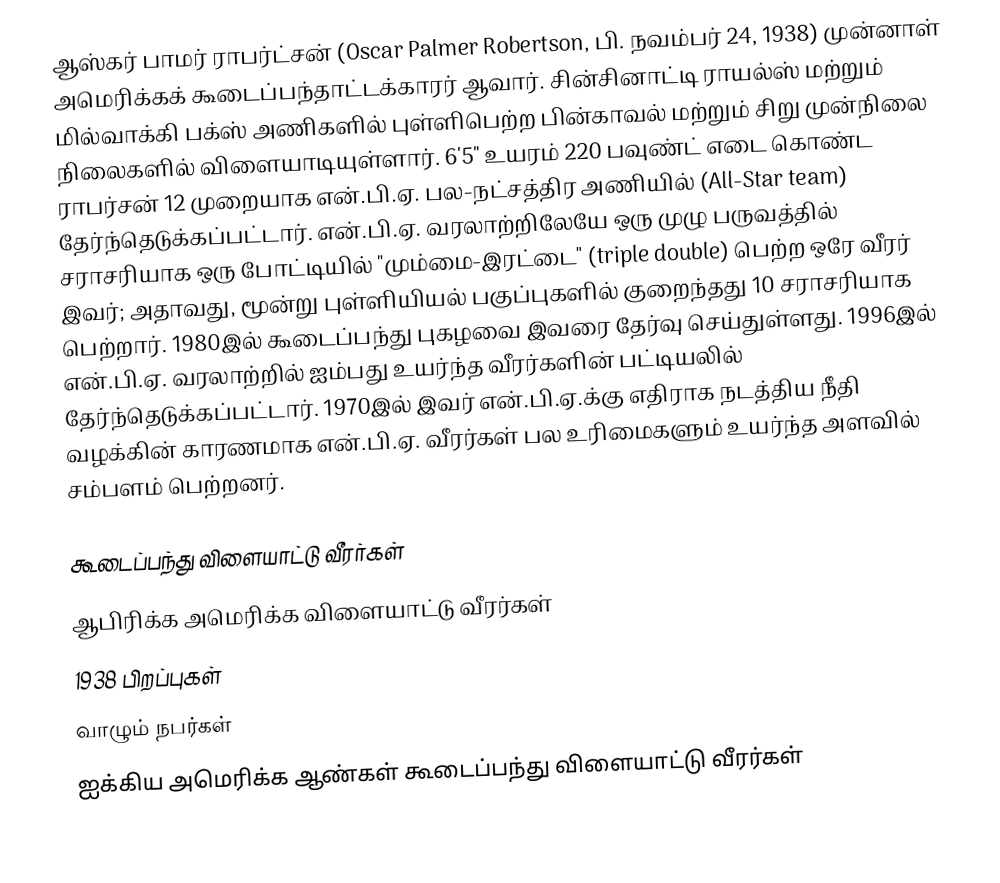
ஆஸ்கர் பாமர் ராபர்ட்சன் (Oscar Palmer Robertson, பி. நவம்பர் 24, 1938) முன்னாள் அமெரிக்கக் கூடைப்பந்தாட்டக்காரர் ஆவார். சின்சினாட்டி ராயல்ஸ் மற்றும் மில்வாக்கி பக்ஸ் அணிகளில் புள்ளிபெற்ற பின்காவல் மற்றும் சிறு முன்நிலை நிலைகளில் விளையாடியுள்ளார். 6'5" உயரம் 220 பவுண்ட் எடை கொண்ட ராபர்சன் 12 முறையாக என்.பி.ஏ. பல-நட்சத்திர அணியில் (All-Star team) தேர்ந்தெடுக்கப்பட்டார். என்.பி.ஏ. வரலாற்றிலேயே ஒரு முழு பருவத்தில் சராசரியாக ஒரு போட்டியில் "மும்மை-இரட்டை" (triple double) பெற்ற ஒரே வீரர் இவர்; அதாவது, மூன்று புள்ளியியல் பகுப்புகளில் குறைந்தது 10 சராசரியாக பெற்றார். 1980இல் கூடைப்பந்து புகழவை இவரை தேர்வு செய்துள்ளது. 1996இல் என்.பி.ஏ. வரலாற்றில் ஐம்பது உயர்ந்த வீரர்களின் பட்டியலில் தேர்ந்தெடுக்கப்பட்டார். 1970இல் இவர் என்.பி.ஏ.க்கு எதிராக நடத்திய நீதி வழக்கின் காரணமாக என்.பி.ஏ. வீரர்கள் பல உரிமைகளும் உயர்ந்த அளவில் சம்பளம் பெற்றனர்.

கூடைப்பந்து விளையாட்டு வீரர்கள்
ஆபிரிக்க அமெரிக்க விளையாட்டு வீரர்கள்
1938 பிறப்புகள்
வாழும் நபர்கள்
ஐக்கிய அமெரிக்க ஆண்கள் கூடைப்பந்து விளையாட்டு வீரர்கள்